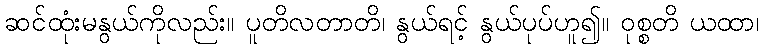
ဆင်ထုံးမနွယ်ကိုလည်း။ ပူတိလတာတိ၊ နွယ်ရင့် နွယ်ပုပ်ဟူ၍။ ဝုစ္စတိ ယထာ၊